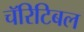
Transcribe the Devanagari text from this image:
चॅरिटिबल